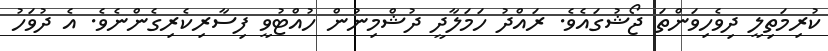
ކުރިމަތިލީ ދިވެހިވަންތަ ޖޯޝުގައެވެ. ރައްދު ހަމަލާދީ ދުޝްމިނުން ހުއްޓުވީ ފިސާރިކެރިގެންނެވެ. އެ ދުވަހު